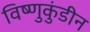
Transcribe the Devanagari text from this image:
विष्णुकुंडीन